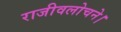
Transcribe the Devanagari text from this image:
राजीवलोचने।